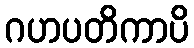
ဂဟပတိကာပိ